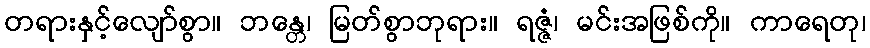
တရားနှင့်လျော်စွာ။ ဘန္တေ၊ မြတ်စွာဘုရား။ ရဇ္ဇံ၊ မင်းအဖြစ်ကို။ ကာရေတု၊